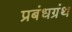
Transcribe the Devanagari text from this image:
प्रबंधग्रंथ